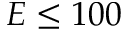
E \le 1 0 0